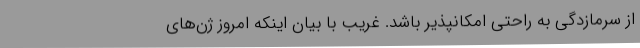
از سرمازدگی به راحتی امکانپذیر باشد. غریب با بیان اینکه امروز ژن‌های